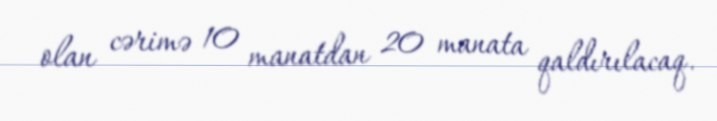
olan cərimə 10 manatdan 20 manata qaldırılacaq.